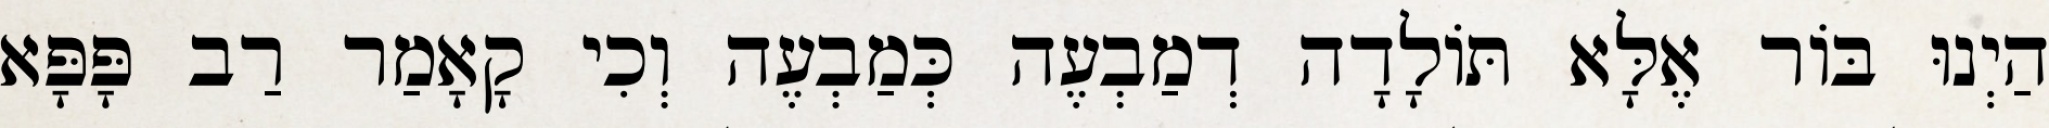
הַיְנוּ בּוֹר אֶלָּא תּוֹלָדָה דְמַבְעֶה כְּמַבְעֶה וְכִי קָאָמַר רַב פָּפָּא